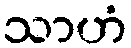
သာဟံ